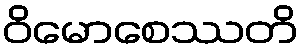
ဝိမောစေဿတိ